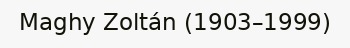
Maghy Zoltán (1903–1999)